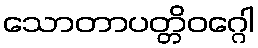
သောတာပတ္တိဝဂ္ဂေါ